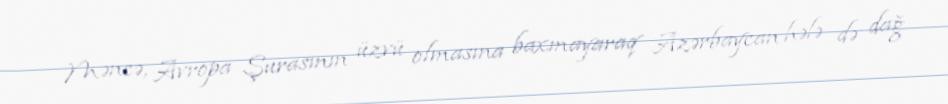
Məncə, Avropa Şurasının üzvü olmasına baxmayaraq Azərbaycan hələ də dağ